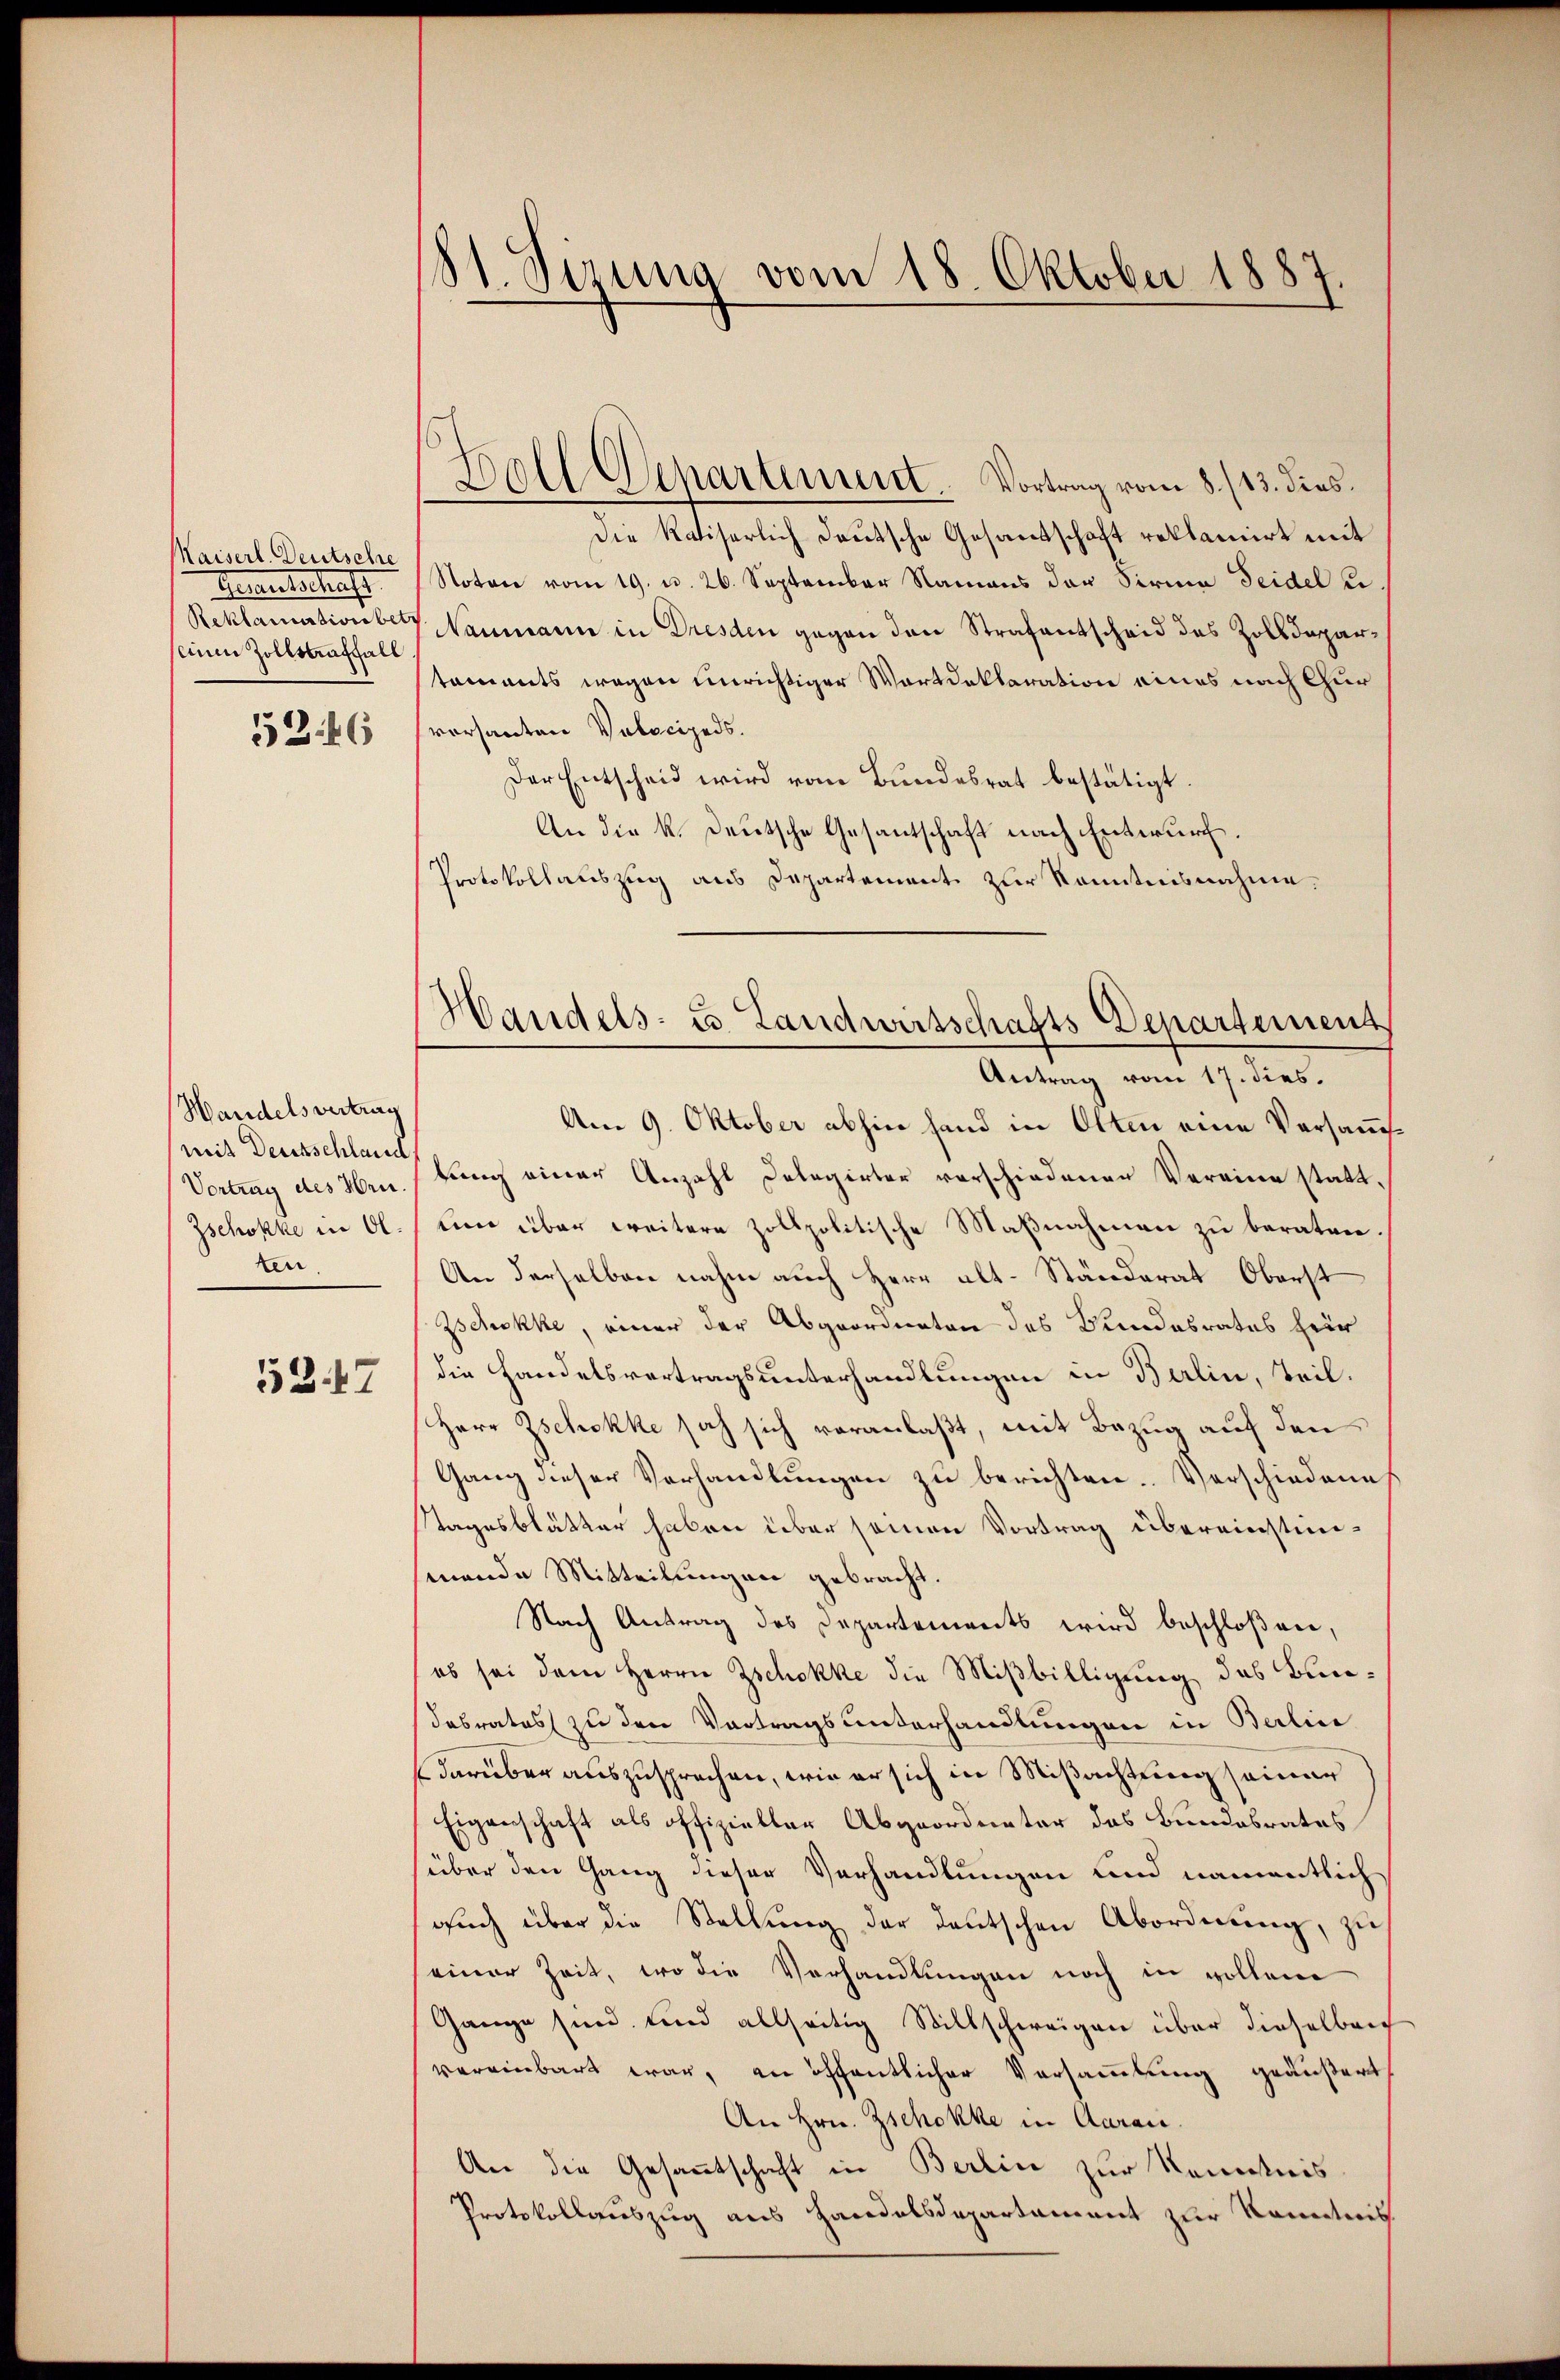
Maiserl. Deutsche
Fraentschaft
snn Zollstraffall
52. 16

Handelsvertrag
mit Deutschland
Vortrag des Hrn
Zschokke in Ol
ten.
537

181. Sizung vom 18. Oktober 1887.

Hall Departement. Vortrag vom 8./13. dies

Die Kaiserlich deutsche Gesandtschaft reklamirt mit
Notare vom 19. d. 26. September Namens der Firma Seidel u
Reklamationbei Naumann in Dresden gegen den Strafantscheid des Zolldepartaments wegen unrichtiger Wartdeklaration eines nach Chur
versanten Volocipeds.
Der Entscheid wird vom Bundesrat bestätigt.
An die k. Deutsche Gesantschaft nach Entwurf.
Protokollauszug aus Departement zur Kenntnisnahme.

Handels- u. Landwirtschafts Departement
Antrag vom 17. dies.

Am 9. Oktober abhin hand in Olten eine Versammberg einer Anzahl Delegirter verschiedenen Vereine stattum über weitere Zollpolitische Maßnahmen zu beraten
An derselben nahm auch Herr Alt-Ständerat Oberst
Zschokke, einer der Abgeordneten des Bundesrates hier
die Handelsvertragsunterhandlungen in Berlin, Teil.
Herr Zschokke sah sich veranlaßt, mit Bezug auf den
Gang dieser Verhandlungen zu berichten. Vorschiedene
Tagesblätter haben über seinen Vortrag übereinstimsenende Mitteilungen gebracht.
Nach Antrag des Departements wird beschloßner,
es sei dem Herrn Zschokke die Mißbilligung des Bundesrates zu den Vortragsunterhandlungen in Berlin
darüber auszusprechen, wie er sich in Mißachtung seiner
Eigenschaft als offizieller Abgeordneter das Bundesrates
über den Gang dieser Verhandlungen und namentlich
auch über die Stellung der deutschen Abordnung, zu
einer Zeit, wo die Verhandlungen noch in vollene
Ganze sind, und allseitig Stillschweigen über dieselberg
vereinbart war, an öffentlicher Versammlung geäußert
An Hrn. Zschokke in Aarau
An die Gesamtschaft in Berlin zur Kenntnis
Protokollauszug aus Handelsdepartament zur Kenntnis